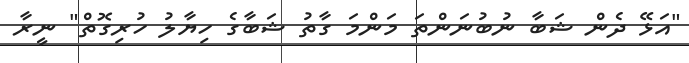
"އަޅޭ ދެން ޝަބާ ނުބުނަންތަ މަންމަ ގާތު ޝަބާގެ ހިޔާލު ހުރިގޮތް" ނީރާ